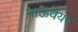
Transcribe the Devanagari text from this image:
नाऊवेयर